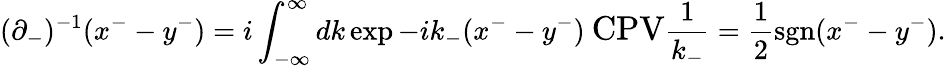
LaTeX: (\partial_{-})^{-1}(x^{-}-y^{-})=i\int_{-\infty}^{\infty}dk\exp{-ik_{-}(x^{-}-y^{-})}\ \mathrm{\large CPV}\frac{1}{k_{-}}=\frac 12\mathrm{sgn}(x^{-}-y^{-}).